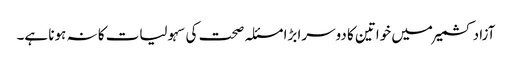
آزاد کشمیر میں خواتین کا دوسرا بڑا مسئلہ صحت کی سہولیات کا نہ ہونا ہے۔